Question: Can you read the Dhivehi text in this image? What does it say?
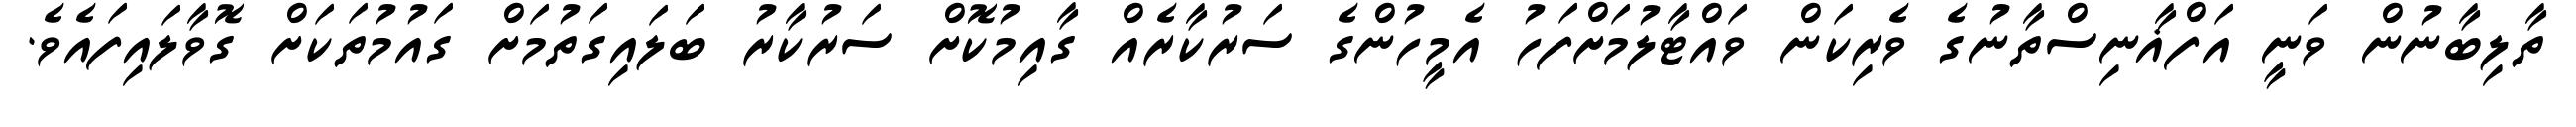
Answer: ތާލިބާނުން ވަނީ އަފްޣާނިސްތާނުގެ ވެރިކަން ވައްޓާލުމަށްފަހު އެމީހުންގެ ސަރުކާރެއް ގާއިމުކޮށް ސަރުކާރު ބަލައިގަތުމަށް ގައުމުތަކަށް ގޮވާލައިފައެވެ.